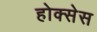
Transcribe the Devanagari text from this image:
होक्सेस